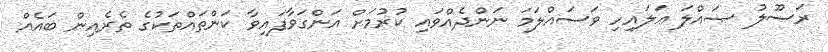
ރަސޫލު ޞައްލަ ޢަލައިހި ވަސައްލަމަ ނަންދެއްވައި ކުރުމަށް އަންގަވާފައިވާ ކަންތައްތަކުގެ ތެރެއިން ބައެއް